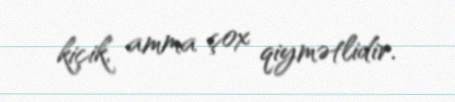
kiçik, amma çox qiymətlidir.